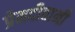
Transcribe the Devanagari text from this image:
प्रेमदीवानी